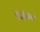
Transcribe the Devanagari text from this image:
९३००